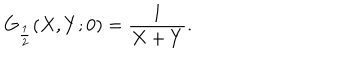
LaTeX: G _ { \frac { 1 } { 2 } } ( X , Y ; 0 ) = \frac { 1 } { X + Y } .